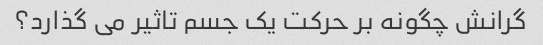
گرانش چگونه بر حرکت یک جسم تاثیر می گذارد؟